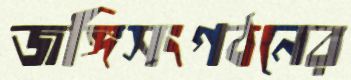
জঙ্গিসংগঠনের